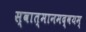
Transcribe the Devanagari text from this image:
स्वात्मानमद्वयम्